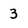
Character: 3